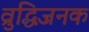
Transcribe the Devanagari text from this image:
व्रुद्धिजनक